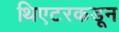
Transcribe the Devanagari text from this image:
थिएटरकडून